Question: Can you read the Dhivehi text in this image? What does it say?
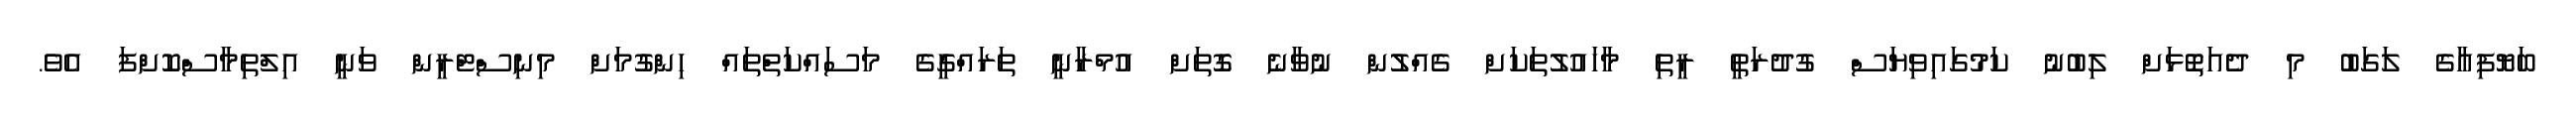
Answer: ބަޔޮފިއާގެ ލަގަބު މި ދެއަތޮޅަށް ލިބުނު ކަމުގައިވިޔަސް ގުދުރަތީ ރީތި މާހައުލުތަކަށް ގެއްލުން ނުވާނެ ގޮތަށް އުމްރާނީ ތަރައްގީގެ މަސައްކަތްތައް ހިންގުމަށް މިނިސްޓްރީން ވަނީ އިލްތިމާސްކޮށްފަ އެވެ.